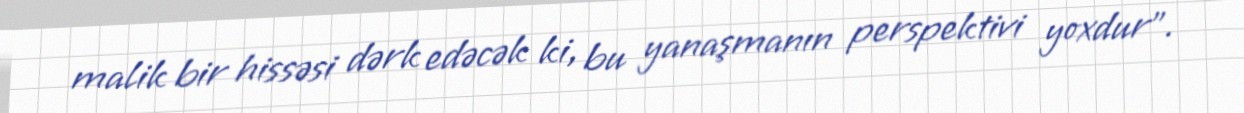
malik bir hissəsi dərk edəcək ki, bu yanaşmanın perspektivi yoxdur”.